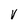
Character: V